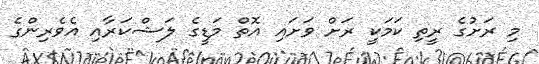
މި ރަށުގެ ރީތި ކަމަކީ ރަށް ވަށައި އޮތް މަޑީގެ ލަޝްކަރާއި އެވެރިންގެ